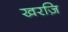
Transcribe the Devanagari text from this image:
खरज़ि